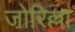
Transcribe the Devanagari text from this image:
जोरिल्ला